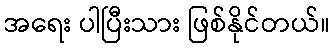
အရေး ပါပြီးသား ဖြစ်နိုင်တယ်။